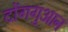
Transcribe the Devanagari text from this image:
दोंगगुआन